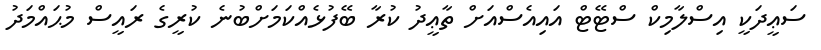
ސަޢީދަކީ އިސްލާމިކް ސްޓޭޓް އައިއެސްއަށް ތާޢީދު ކުރާ ބޭފުޅެއްކަމަށްބުނެ ކުރީގެ ރައީސް މުޙައްމަދު